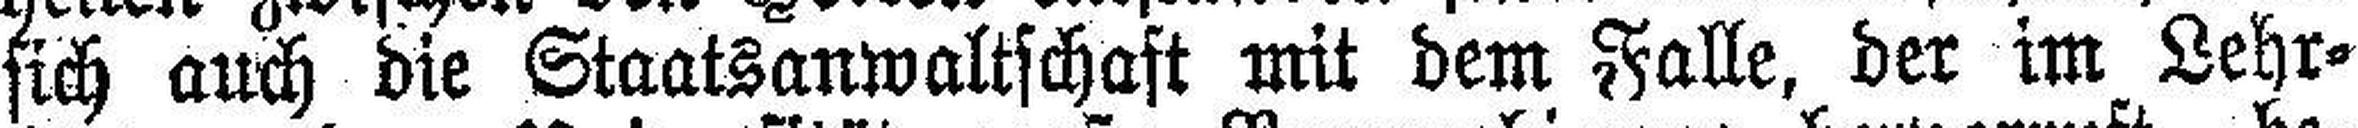
sich auch die Staatsanwaltschaft mit dem Falle, der im Lehr¬